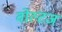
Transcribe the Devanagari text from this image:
वोल्टज